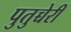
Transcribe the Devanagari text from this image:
पुतुच्चेरी